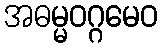
အဓမ္မဝဂ္ဂမေဝ